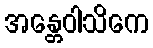
အန္တေဝါသိကေ